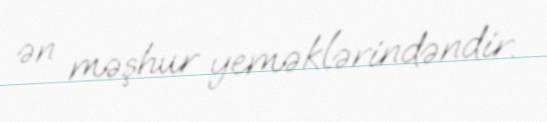
ən məşhur yeməklərindəndir.